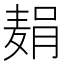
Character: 𫜓